Medical and sanitary report of the native army of Madras for the year
Year: 1878
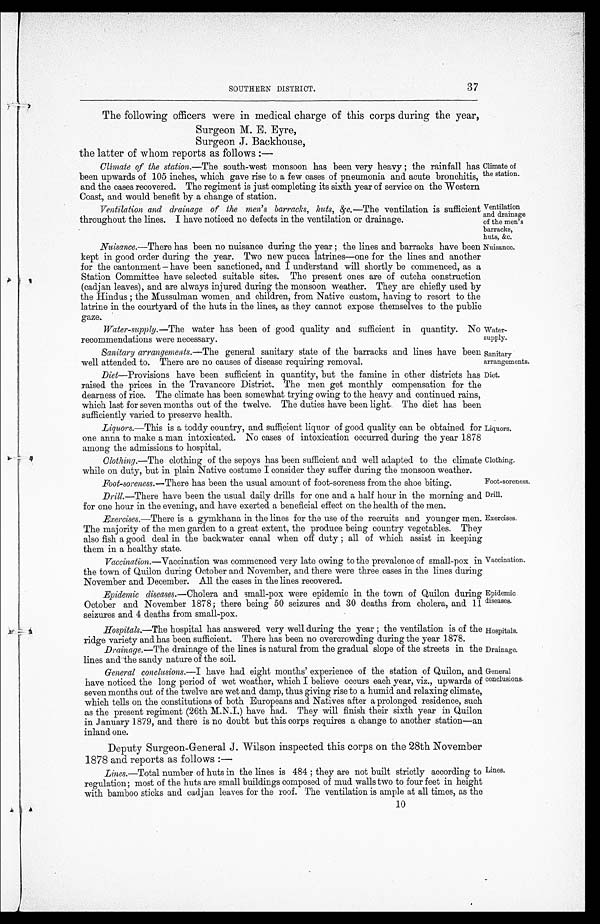
Sanitary
arrangements.
Diet.
Drill.
Exercises.
Hospitals.
Drainage.
General
conclusions.
37
SOUTHERN DISTRICT.
The following officers were in medical charge of this corps during the year,
Surgeon M. E. Eyre,
Surgeon J. Backhouse,
the latter of whom reports as follows:—
Climate of the station. —The south-west monsoon has been very heavy; the rainfall has
been upwards of 105 inches, which gave rise to a few cases of pneumonia and acute bronchitis,
and the cases recovered. The regiment is just completing its sixth year of service on the Western
Coast, and would benefit by a change of station.
Climate of
the station.
Ventilation
and drainage
of the men's
barracks,
huts, &c.
Ventilation and drainage of the men's barracks, huts, &c. —The ventilation is sufficient
throughout the lines. I have noticed no defects in the ventilation or drainage.
Nuisance. —There has been no nuisance during the year; the lines and barracks have been
kept in good order during the year. Two new pucca latrines—one for the lines and another
for the cantonment-have been sanctioned, and I understand will shortly be commenced, as a
Station Committee have selected suitable sites. The present ones are of cutcha construction
(cadjan leaves), and are always injured during the monsoon weather. They are chiefly used by
the Hindus; the Mussulman women and children, from Native custom, having to resort to the
latrine in the courtyard of the huts in the lines, as they cannot expose themselves to the public
gaze.
Water-supply. —The water has been of good quality and sufficient in quantity. No
recommendations were necessary.
Nuisance.
Water
-supply.
Sanitary arrangements. —The general sanitary state of the barracks and lines have been
well attended to. There are no causes of disease requiring removal.
Diet—Provisions have been sufficient in quantity, but the famine in other districts has
raised the prices in the Travancore District. The men get monthly compensation for the
dearness of rice. The climate has been somewhat trying owing to the heavy and continued rains,
which last for seven months out of the twelve. The duties have been light The diet has been
sufficiently varied to preserve health.
Liquors.—This is a toddy country, and sufficient liquor of good quality can be obtained for
one anna to make a man intoxicated. No cases of intoxication occurred during the year 1878
among the admissions to hospital.
Clothing. —The clothing of the sepoys has been sufficient and well adapted to the climate
while on duty, but in plain Native costume I consider they suffer during the monsoon weather.
Liquors.
Clothing.
Foot-soreness.
Foot-soreness.— There has been the usual amount of foot-soreness from the shoe biting.
Drill.—There have been the usual daily drills for one and a half hour in the morning and
for one hour in the evening, and have exerted a beneficial effect on the health of the men.
Exercises.—There is a gymkhana in the lines for the use of the recruits and younger men.
The majority of the men garden to a great extent, the produce being country vegetables. They
also fish a good deal in the backwater canal when off duty; all of which assist in keeping
them in a healthy state.
Vaccination. —Vaccination was commenced very late owing to the prevalence of small-pox in
the town of Quilon during October and November, and there were three cases in the lines during
November and December. All the cases in the lines recovered.
Epidemic diseases. —Cholera and small-pox were epidemic in the town of Quilon during
October and November 1878; there being 50 seizures and 30 deaths from cholera, and 11
s eizures and 4 deaths from small-pox.
Hospitals.—The hospital has answered very well during the year; the ventilation is of the
ridge variety and has been sufficient. There has been no overcrowding during the year 1878.
Drainage. —The drainage of the lines is natural from the gradual slope of the streets in the
lines and the sandy nature of the soil.
General conclusions.—I have had eight months' experience of the station of Quilon, and
have noticed the long period of wet weather, which I believe occurs each year, viz., upwards of
seven months out of the twelve are wet and damp, thus giving rise to a humid and relaxing climate,
which tells on the constitutions of both Europeans and Natives after a prolonged residence, such
as the present regiment (26th M.N.I.) have had. They will finish their sixth year in Quilon
in January 1879, and there is no doubt but this corps requires a change to another station—an
inland one.
Deputy Surgeon-General J. Wilson inspected this corps on the 28th November
1878 and reports as follows:—
Lines .—Total number of huts in the lines is 484; they are not built strictly according to
regulation; most of the huts are small buildings composed of mud walls two to four feet in height
with bamboo sticks and cadjan leaves for the roof. The ventilation is ample at all times, as the
Vaccination.
Epidemic
diseases.
Lines.
10